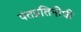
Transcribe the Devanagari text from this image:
पंतप्रतिनीधी